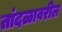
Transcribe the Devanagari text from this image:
तांदळावरील